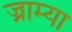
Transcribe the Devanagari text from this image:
ज्नाम्या